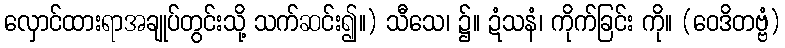
လှောင်ထားရာအချုပ်တွင်းသို့ သက်ဆင်း၍။) သီသေ၊ ၌။ ဍံသနံ၊ ကိုက်ခြင်း ကို။ (ဝေဒိတဗ္ဗံ)